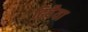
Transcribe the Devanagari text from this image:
ढिवैया